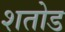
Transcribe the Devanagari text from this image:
शतोड